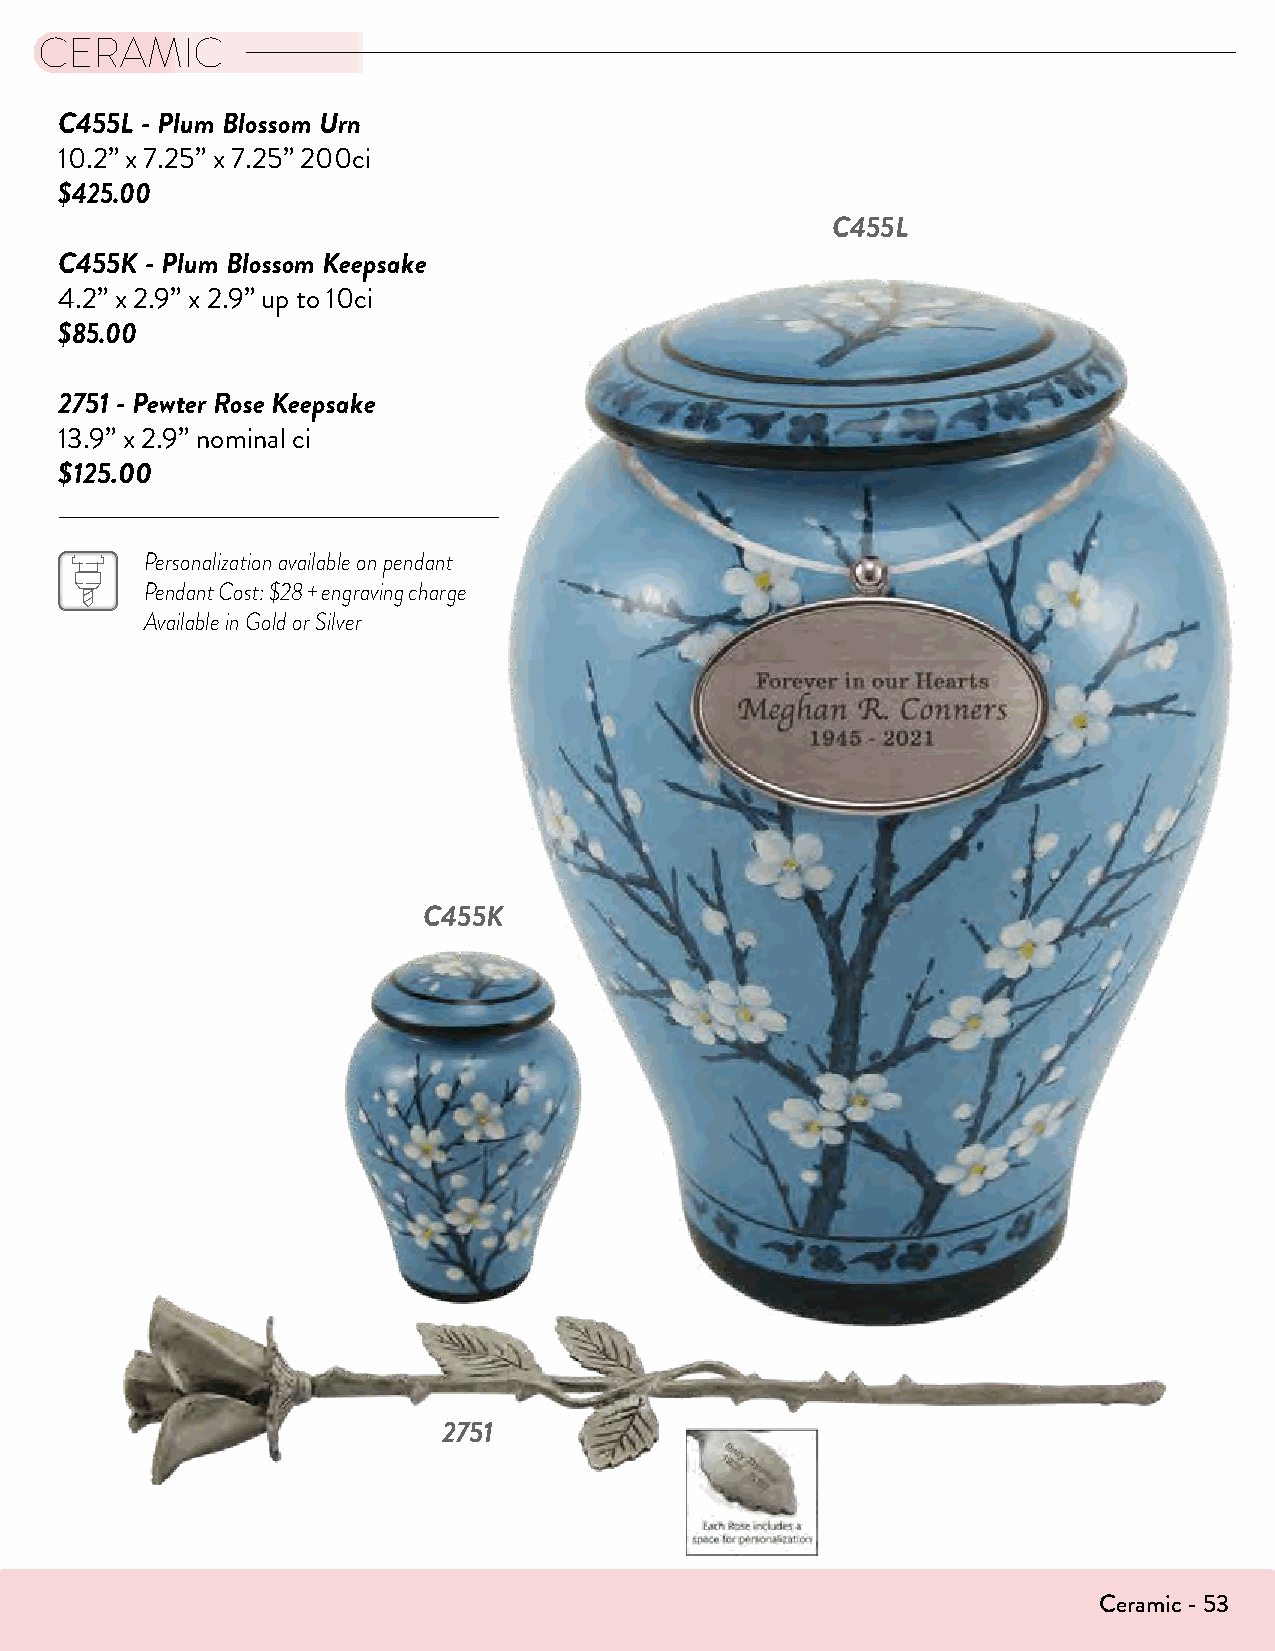
CERAMIC
 C455L - Plum Blossom Urn
 10.2” x 7.25” x 7.25” 200ci
 $425.00
 C455L
 C455K - Plum Blossom Keepsake
 4.2” x 2.9” x 2.9” up to 10ci
 $85.00
 2751 - Pewter Rose Keepsake
 13.9” x 2.9” nominal ci
 $125.00
 Personalization available on pendant
 Pendant Cost: $28 + engraving charge
 Available in Gold or Silver
 C455K
 2751
 Ceramic - 53